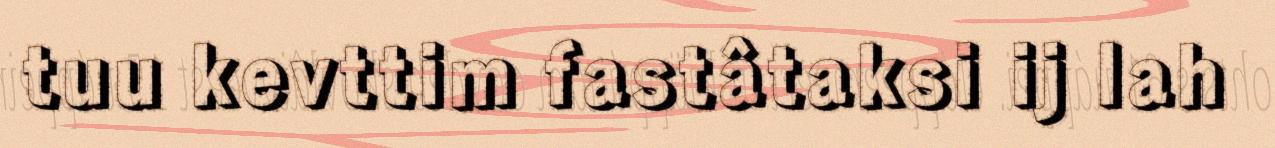
tuu kevttim fastâtaksi ij lah